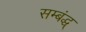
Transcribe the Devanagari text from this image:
सम्बंद्ध्